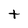
Character: t